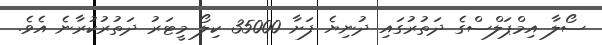
ސޯލާ އިމްޕަލްސްގެ ދަތުރުގައި ދުނިޔެ ފަށާ 35000 ކިލޯ މީޓަރު ދަތުރުކުރާނެ އެވެ.